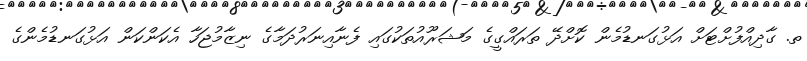
ތ. ގާދިއްފުށްޓަށް އަޅުގަނޑުމެން ކޮށްދޭ ތަރައްގީގެ މަޝަރޫއުތަކުގައި ފެނާއިނަރުދަމާގެ ނިޒާމުޖަހާ އެކަންކަން އަޅުގަނޑުމެންގެ